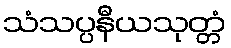
သံသပ္ပနီယသုတ္တံ